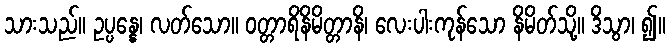
သားသည်။ ဥပ္ပန္နေ၊ လတ်သော။ ဝတ္တာရိနိမိတ္တာနိ၊ လေးပါးကုန်သော နိမိတ်သို့။ ဒိသွာ၊ ၍။